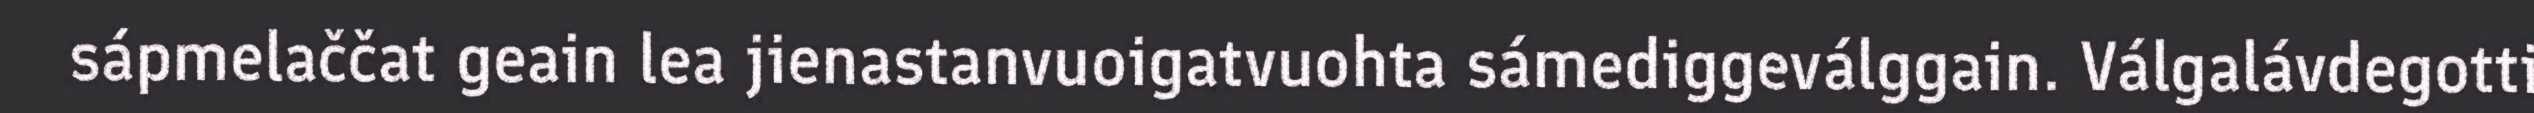
sápmelaččat geain lea jienastanvuoigatvuohta sámediggeválggain. Válgalávdegotti